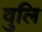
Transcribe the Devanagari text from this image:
वुलि